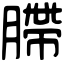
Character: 䐭